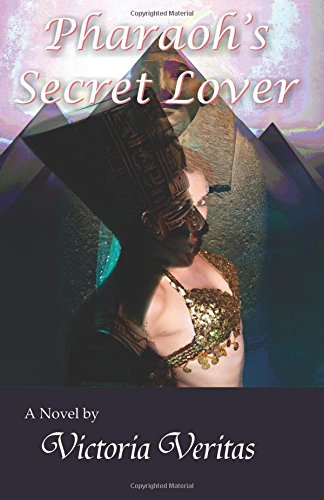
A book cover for Pharaoh's Secret Lover; Victoria Veritas; Romance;